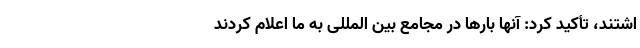
اشتند، تأکید کرد: آنها بارها در مجامع بین المللی به ما اعلام کردند